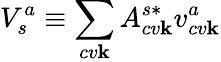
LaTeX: V_{s}^{a}\equiv\sum_{cv\mathbf{k}}A_{cv\mathbf{k}}^{s*}v_{cv\mathbf{k}}^{a}